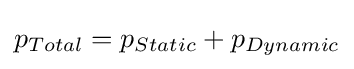
p_{Total}=p_{Static}+p_{Dynamic}\,\!